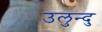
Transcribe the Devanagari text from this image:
उलुन्दु